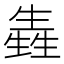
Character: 㽓